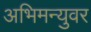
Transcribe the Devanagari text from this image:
अभिमन्युवर